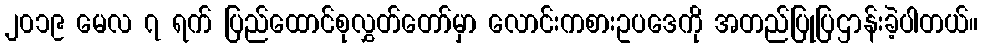
၂၀၁၉ မေလ ၇ ရက် ပြည်ထောင်စုလွှတ်တော်မှာ လောင်းကစားဥပဒေကို အတည်ပြုပြဌာန်းခဲ့ပါတယ်။